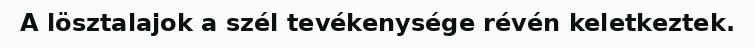
A lösztalajok a szél tevékenysége révén keletkeztek.